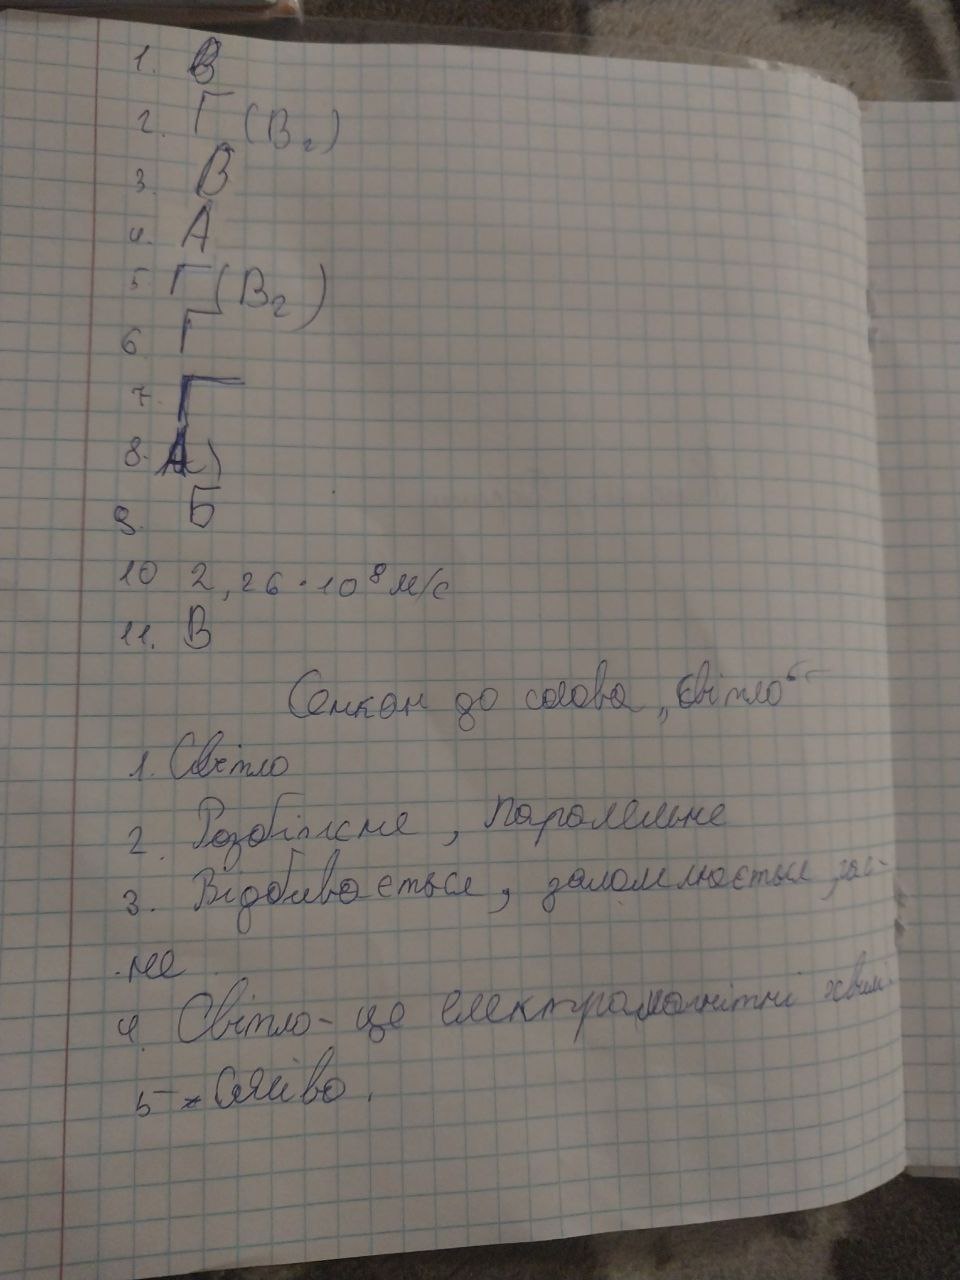
1. В
2. Г (Вг)
3. В
4. А
5. Г (Вг)
6. Г
7. Г
8. A)
9. Б
10 2,26 · 10^8 м/с
11. В
Сенкан до слова „світло“
1. Світло
2. Розбіжне, паралельне
3. Відбивається, заломлюється, гас-
не
4. Світло - це електромагнітні хвилі.
5  ~~-~~сяйво.